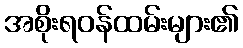
အစိုးရဝန်ထမ်းများ၏